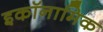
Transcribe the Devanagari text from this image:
इकॉनामिक